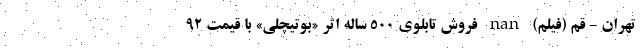
تهران - قم (فیلم) nan فروش تابلوی ۵۰۰ ساله اثر «بوتیچلی» با قیمت ۹۲